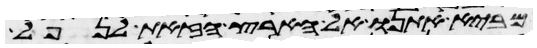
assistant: מביא אתנו אל הארץ הזאת לנפל